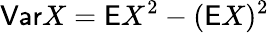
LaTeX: \mathsf{Var}X=\mathsf EX^{2}-(\mathsf EX)^{2}